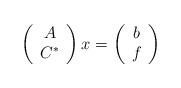
LaTeX: \begin{align*} \left(\begin{array}{c} A \\C^* \end{array}\right) x = \left(\begin{array}{c} b \\f \end{array} \right) \end{align*}